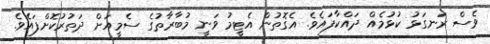
ވެސް ރަނގަޅު ކުޅުމެއް ދައްކާފައެވެ. އެގޮތުން އެޓީމު ވަނީ މުބާރާތުގެ ސެމީއަށް ދަތުރުކޮށްފައެވެ.